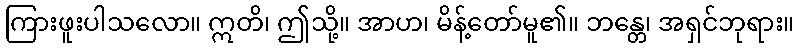
ကြားဖူးပါသလော။ ဣတိ၊ ဤသို့။ အာဟ၊ မိန့်တော်မူ၏။ ဘန္တေ၊ အရှင်ဘုရား။